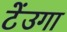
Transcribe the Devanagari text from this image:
टेंउगा